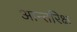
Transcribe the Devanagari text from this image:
आन्तरिक्ष